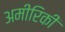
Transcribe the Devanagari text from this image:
अमीरिकी